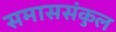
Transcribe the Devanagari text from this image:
समाससंकुल